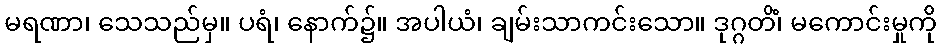
မရဏာ၊ သေသည်မှ။ ပရံ၊ နောက်၌။ အပါယံ၊ ချမ်းသာကင်းသော။ ဒုဂ္ဂတိံ၊ မကောင်းမှုကို